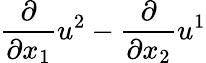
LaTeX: \frac{\partial}{\partial x_{1}}u^{2}-\frac{\partial}{\partial x_{2}}u^{1}